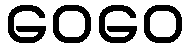
ဝေဝေ